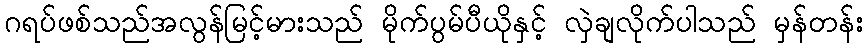
ဂရပ်ဖစ်သည်အလွန်မြင့်မားသည် မိုက်ပွမ်ပီယိုနှင့် လှဲချလိုက်ပါသည် မှန်တန်း